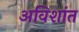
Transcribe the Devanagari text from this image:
अविशांत